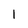
Character: 1